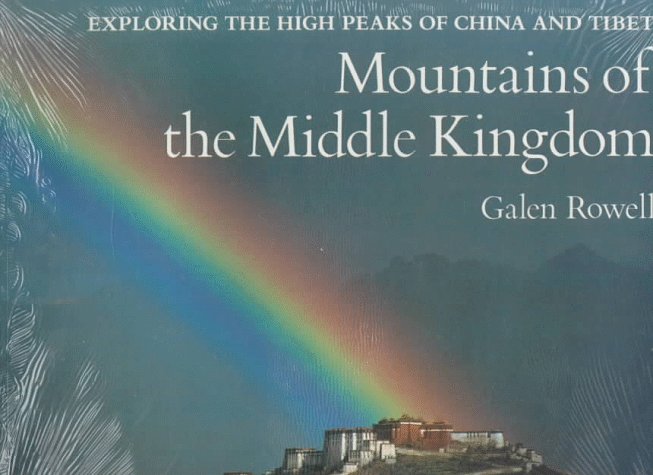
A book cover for Mountains of the Middle Kingdom: Exploring the High Peaks of China and Tibet; Galen Rowell; Travel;